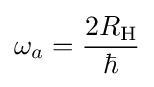
\omega _{a}={\frac {2R_{\text{H}}}{\hbar }}